Lunatic asylums United Provinces 1899-1908 - 1899-1908
Year: 1899
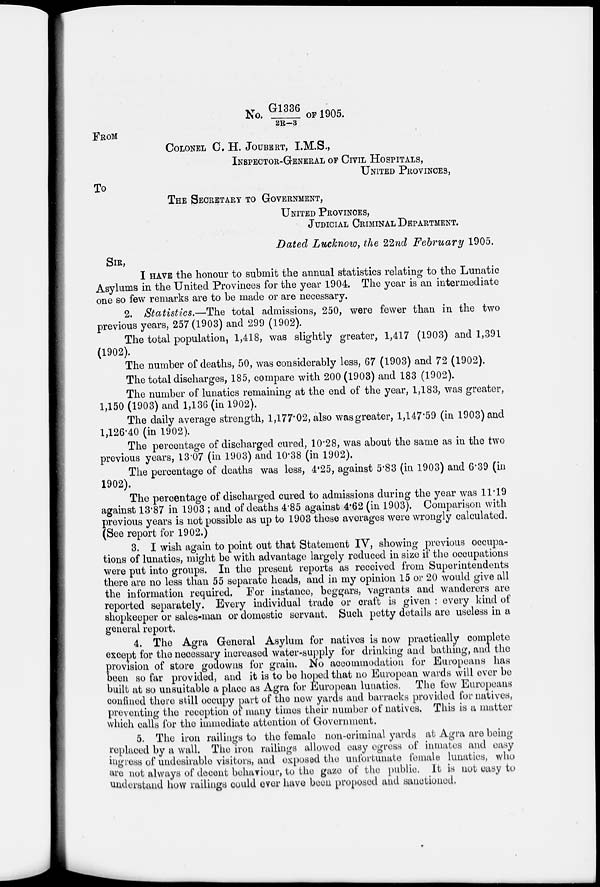
No. G1336/2R-3 OF 1905.
FROM
COLONEL C. H. JOUBERT, I.M.S.,
INSPECTOR-GENERAL OF CIVIL HOSPITALS,
UNITED PROVINCES,
TO
THE SECRETARY TO GOVERNMENT.
UNITED PROVICNES,
JUDICIAL CRIMINAL DEPARTMENT.
Dated Lucknow, the 22nd February 1905.
SIR,
I HAVE the honour to submit the annual statistics relating to the Lunatic
Asylums in the United Provinces for the year 1904. The year is an intermediate
one so few remarks are to be made or are necessary.
2. Statistics.—The total admissions, 250, were fewer than in the two
previous years, 257(1903) and 299 (1902).
The total population, 1,418, was slightly greater, 1,417 (1903) and 1,391
(1902).
The number of deaths, 50, was considerably less, 67 (1903) and 72 (1902).
The total discharges, 185, compare with 200(1903) and 183 (1902).
The number of lunatics remaining at the end of the year, 1,183, was greater,
1,150 (1903) and 1,136 (in 1902).
The daily average strength, 1,177.02, also was greater, 1,147.59 (in 1903) and
1,126.40 (in 1902).
The percentage of discharged cured, 10.28, was about the same as in the two
previous years, 13.07 (in 1903) and 10.38 (in 1902).
The percentage of deaths was less, 4.25, against 5.83 (in 1903) and 6.39 (in
1902).
The percentage of discharged cured to admissions during the year was 11.19
against 13.87 in 1903 ; and of deaths 4.85 against 4.62 (in 1903). Comparison with
previous years is not possible as up to 1903 these averages were wrongly calculated.
(See report for 1902.)
3. I wish again to point out that Statement IV, showing previous occupa-
tions of lunatics, might be with advantage largely reduced in size if the occupations
were put into groups. In the present reports as received from Superintendents
there are no less than 55 separate heads, and in my opinion 15 or 20 would give all
the information required. For instance, beggars, vagrants and wanderers are
reported separately. Every individual trade or craft is given : every kind of
shopkeeper or sales-man or domestic servant. Such petty details are useless in a
general report.
4. The Agra General Asylum for natives is now practically complete
except for the necessary increased water-supply for drinking and bathing, and the
provision of store godowns for grain. No accommodation for Europeans has
been so far provided, and it is to be hoped that no European wards will over be
built at so unsuitable a place as Agra for European lunatics. The few Europeans
confined there still occupy part of the new yards and barracks provided for natives,
preventing the reception of many times their number of natives. This is a matter
which calls for the immediate attention of Government.
5. The iron railings to the female non-criminal yards at Agra are being
replaced by a wall. The iron railings allowed easy egress of inmates and easy
ingress of undesirable visitors, and exposed the unfortunate female lunatics, who
are not always of decent behaviour, to the gaze of the public. It is not easy to
understand how railings could ever have been proposed and sanctioned.